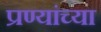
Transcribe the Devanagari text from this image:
प्रण्यांच्या